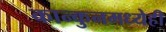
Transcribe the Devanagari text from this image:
कान्कुनमध्येही